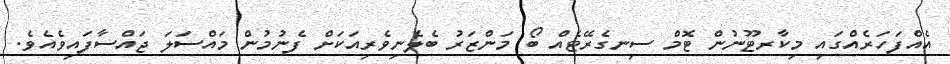
އެއްފަހަރެއްގައި މިކާރޓޫނުން ޓޮމް ސިނގެރޭޓެއް ބޯ މަންޒަރު ބެލެނިވެރިއަކަށް ފެނުމުން މައްސަލަ ޖައްސާފައިވެއެވެ.